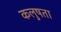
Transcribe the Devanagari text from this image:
कलुषता